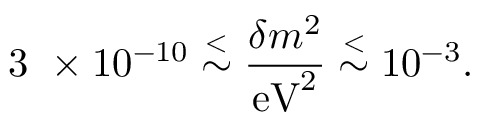
\mathrm { 3 } \ \times 1 0 ^ { - 1 0 } \stackrel { < } { \sim } \frac { \delta m ^ { 2 } } { \mathrm { e V } ^ { 2 } } \stackrel { < } { \sim } 1 0 ^ { - 3 } .